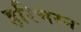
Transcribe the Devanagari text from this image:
हरिचरन